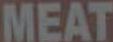
MEAT